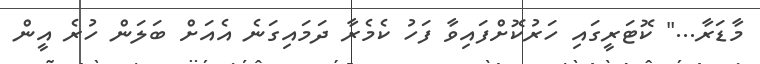
މާޑަރާ..." ކޮޓަރީގައި ހަރުކޮށްފައިވާ ފަހު ކެމެރާ ދަމައިގަނެ އެއަށް ބަލަން ހުރެ އީން